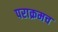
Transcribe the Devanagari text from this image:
पराक्रमच